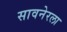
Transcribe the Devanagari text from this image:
सावनेरला